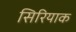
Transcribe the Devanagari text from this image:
सिरियाक